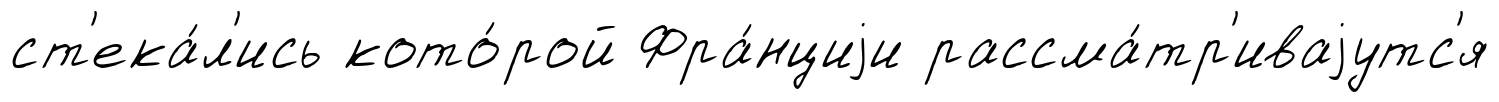
ст'ека́л'ись кото́рой Фра́нциjи рассма́тр'иваjутс'я